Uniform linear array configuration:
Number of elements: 32
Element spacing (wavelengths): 0.75
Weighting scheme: hann
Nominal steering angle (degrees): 15
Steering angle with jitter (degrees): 15.88
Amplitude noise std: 0.05
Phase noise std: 0.05

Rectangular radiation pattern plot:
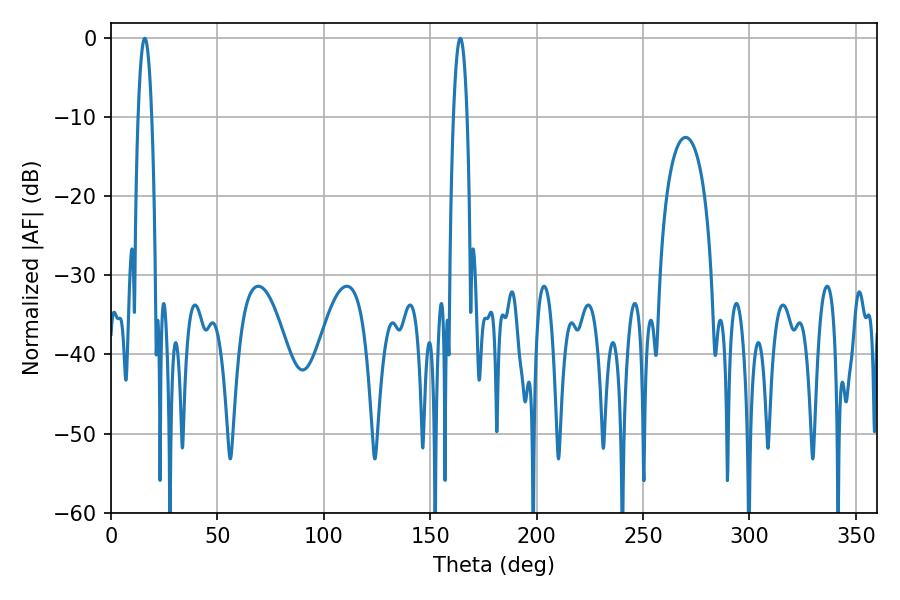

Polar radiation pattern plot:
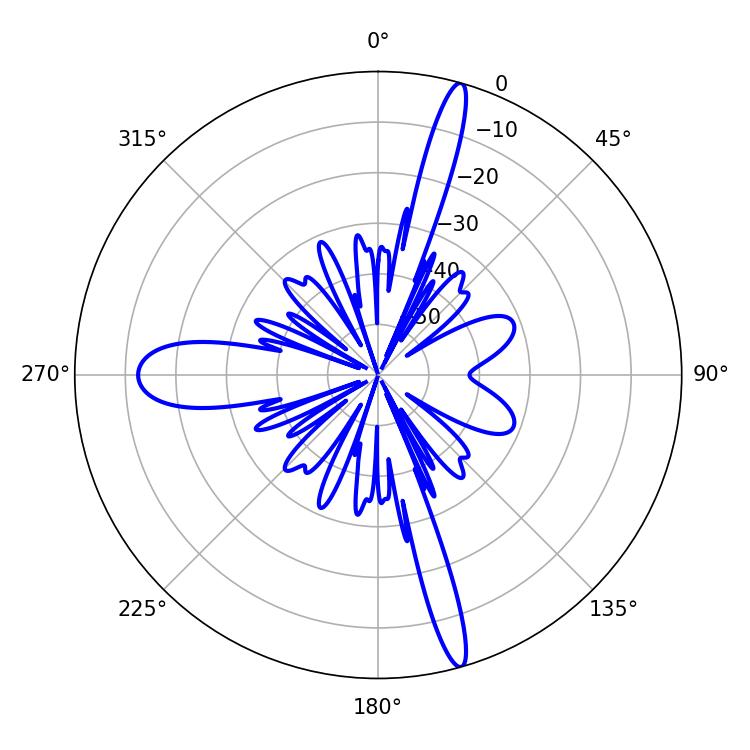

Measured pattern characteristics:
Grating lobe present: TRUE
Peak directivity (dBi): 19.008
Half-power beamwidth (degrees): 3.6
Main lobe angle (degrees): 15.84